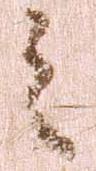
之